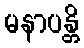
မနာပန္တိ